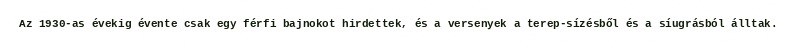
Az 1930-as évekig évente csak egy férfi bajnokot hirdettek, és a versenyek a terep-sízésből és a síugrásból álltak.